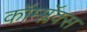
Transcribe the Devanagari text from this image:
कॉम्प्लॅक्स